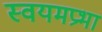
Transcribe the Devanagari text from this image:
स्वयमप्रभा